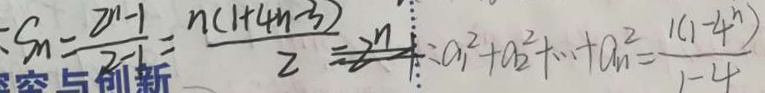
S _ { n } = \frac { 2 ^ { n } - 1 } { 2 - 1 } = \frac { n ( 1 + 4 n - 3 ) } { 2 } = 2 ^ { n } - 1 = a _ { 1 } ^ { 2 } + a _ { 2 } ^ { 2 } + \cdots a _ { n } ^ { 2 } = \frac { 1 ( 1 - 4 ^ { n } ) } { 1 - 4 }